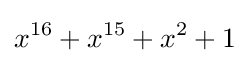
x^{16}+x^{15}+x^{2}+1